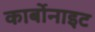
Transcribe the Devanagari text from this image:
कार्बोनाइट